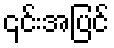
၎င်းအပြင်